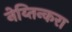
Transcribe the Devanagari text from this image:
नेय्तिन्करा